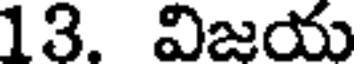
13. విజయ